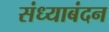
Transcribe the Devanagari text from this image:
संध्याबंदन